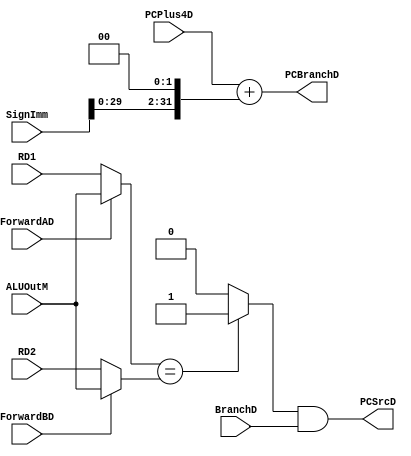
/*

	File name    : Branch_Unit
	LastEditors  : H
	LastEditTime : 2021-11-04 06:32:30
	Last Version : 1.0
	Description  : Control and Check the Branch, whether jump to the bracnch,
                    which is run in Decode period.
	
	----------------------------------------------------------------------------------------
	
	Author       : H
	Date         : 2021-11-04 06:31:28
	FilePath     : \MIPS_Pipeline\Branch_Unit.v
	Copyright 2021 H, All Rights Reserved. 

*/
module Branch_Unit(
    // User Interface
    input           BranchD,
    input   [31:0]  SignImm,
    input   [31:0]  PCPlus4D,
    input   [31:0]  RD1,
    input   [31:0]  RD2,
    input   [31:0]  ALUOutM,
    input           ForwardAD,
    input           ForwardBD,

    // jump part
    output  [31:0]  PCBranchD,
    output          PCSrcD
);
    wire [31:0] Branch_Check_RD1,Branch_Check_RD2;
    wire        EqualD;

    assign  Branch_Check_RD1 = ForwardAD ? ALUOutM : RD1;
    assign  Branch_Check_RD2 = ForwardBD ? ALUOutM : RD2;

    assign EqualD = (Branch_Check_RD1 == Branch_Check_RD2) ? 1'b1 : 1'b0;

    assign PCSrcD = EqualD && BranchD;

    assign PCBranchD = PCPlus4D + (SignImm << 2);

endmodule